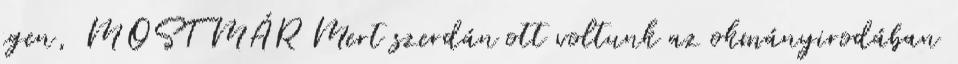
igen, MOST MÁR Mert szerdán ott voltunk az okmányirodában